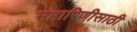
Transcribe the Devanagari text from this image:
महारिणीसाठी